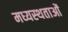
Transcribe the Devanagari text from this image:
मध्‍यस्‍थताओं